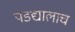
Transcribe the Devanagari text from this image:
पडद्यालाच